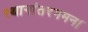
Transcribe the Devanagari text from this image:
स्थानांतरगमन।